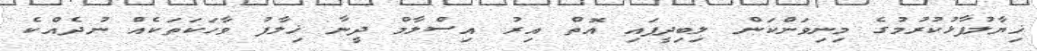
ޚިޔާލުފާޅުކުރުމުގެ މިނިވަންކަން ލިބިދީފައި އޮތް އިރު އިސްލާމް ދީނާ ޚިލާފު ވާހަކަތަކެއް ނުދެއްކެ